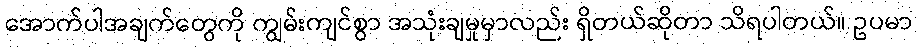
အောက်ပါအချက်တွေကို ကျွမ်းကျင်စွာ အသုံးချမှုမှာလည်း ရှိတယ်ဆိုတာ သိရပါတယ်။ ဥပမာ